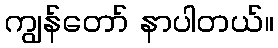
ကျွန်တော် နာပါတယ်။